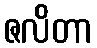
ဇလိတာ